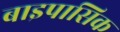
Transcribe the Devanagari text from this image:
बाइपासिक